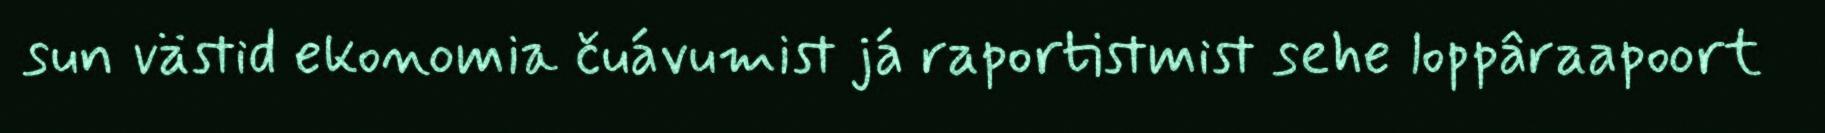
sun västid ekonomia čuávumist já raportistmist sehe loppâraapoort